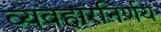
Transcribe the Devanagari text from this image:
व्यवहारनिर्णय